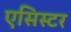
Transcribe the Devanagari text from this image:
एसिस्टर